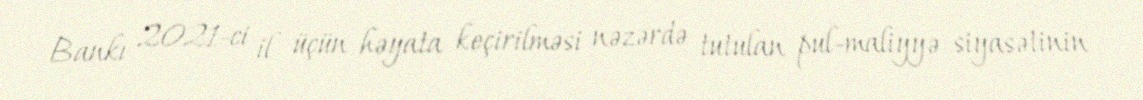
Bankı 2021-ci il üçün həyata keçirilməsi nəzərdə tutulan pul-maliyyə siyasətinin